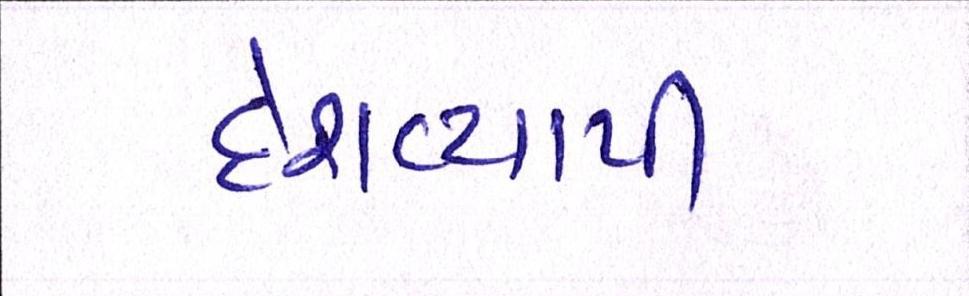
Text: દેશવ્યાપી